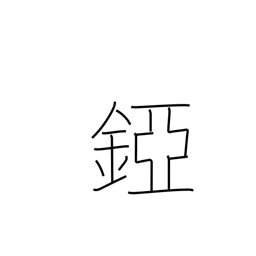
Meaning: helmet neck guard